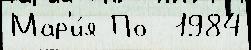
Мар'и́я По  1984